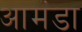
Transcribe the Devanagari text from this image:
आमंडा